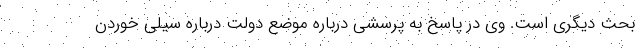
بحث دیگری است. وی در پاسخ به پرسشی درباره موضع دولت درباره سیلی خوردن